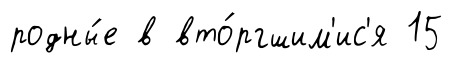
родны́е в вто́ргшим'ис'я 15